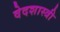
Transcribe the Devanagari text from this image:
वेदशास्त्री